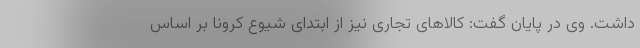
داشت. وی در پایان گفت: کالاهای تجاری نیز از ابتدای شیوع کرونا بر اساس